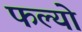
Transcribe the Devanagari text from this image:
फल्‍यो